King Institute of Preventive Medicine Micro-Biological Section reports 1909-11
Year: 1909
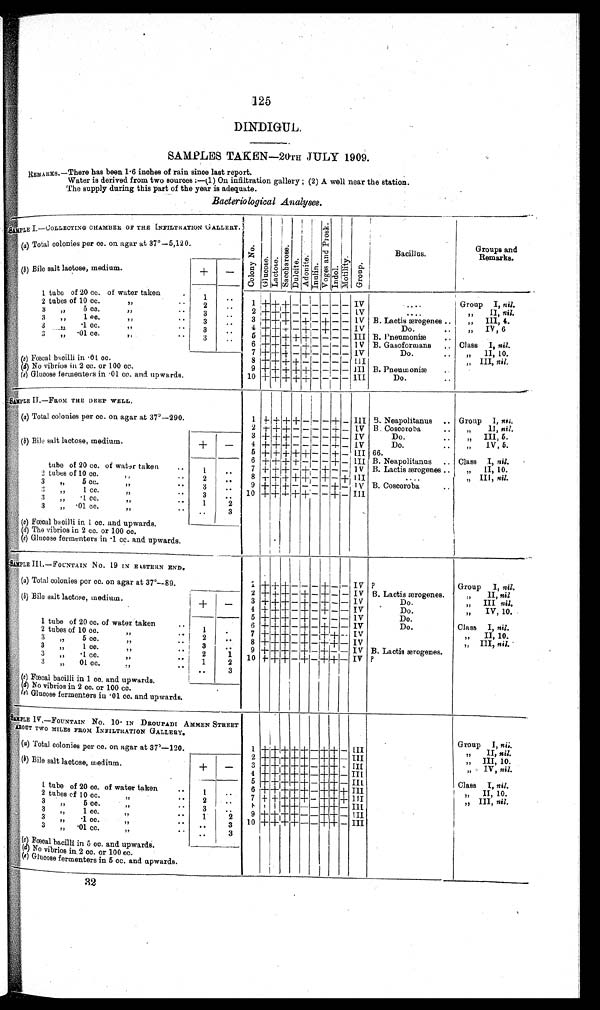
125
DINDIGUL.
SAMPLES TAKEN—20TH JULY 1909.
REMARKS.—There has been 1.6 inches of rain since last report.
Water is derived from two sources :—(1) On infiltration gallery ; (2) A well near the station.
The supply during this part of the year is adequate.
Bacteriological Analyses.
SAMPLE I.—COLLECTING CHAMBER OF THE INFILTRATION GALLERY.
Co l o n y No .
Gl uc os e . La c t o s e .
S a c c h a r o s .
D u l c i t .
Ad o n i t e .
I nul i n.
V o g e s a n d P r o s k .
I ndol .
Mot i l i t y. Group.
Bacillus.
Groups and
Remarks.
(a) Total colonies per cc. on agar at 37°—5,120.
(b) Bile salt lactose, medium.
+
–
1 tube of 20 cc. of water taken
1
. .
2 tubes of 10 cc.
,,
2
. .
1 + + + – – – – – – IV
....
Group I, nil.
3
"
05 cc. "..
3
. .
2 + + + – – – – – – IV
....
"
II, nil.
3
„
1 cc.
,,
• .
3
. .
3 + + + – + – + – – IV B. Lactis ærogenes ..
"
III, 4.
3
" .1 cc. "• •
3
. .
4 + + + – + – + – –
I V
Do.
I V , 6
3 " .1 c. " ..•
3
. .
5 + + + + + – – – – III B. Pneumoniæ
..
3 . .
6 + + + – + – – – – IV B. Gasoformans
Class I, nil.
7 + + + – + – – – – IV
Do.
.. "
II, 10.
( c) Fœcal bacilli in .01 cc.
8 + + + + – – – – – III
" III, nil.
(d ) No vibrios in 2 cc. or 100 cc.
9 + + + + + – – – –
I I I B. Pneumoniæ
..
(e) Glucose fermenters in 01 cc. and upwards.
10 + + + + + – – – – III
Do.
..
S A M P L E I I . — F R O M T H E D E E P W E L L .
(a) Total colonies per cc. on agar at 37º—290.
1 + + + + – – – + – III B. Neapolitanus .. Group I, nil:
2 + + + – – – – + – IV B. Coscoroba
• •
" II, nil.
3 + + + – – – – + – IV
Do.
..
„ III, 5.
(b) Bile salt lactose, medium.
+
–
4 + + + – – – – + – IV
Do.
..
„
IV, 5.
5
+ + + + + – – + – III 66.
6 + + + + – – – + – III B. Neapolitanus .. Class I, nil.
.
tube of 20 cc. of water taken
..
1
. .
7 + + + – + – + – – IV B. Lactis ærogenes ..
" II, 10.
tubes of 10 cc.
"
..
2
. .
8 + + + + + – – – + III
. . . .
,," III, nil.
3
"
5 cc.
"
. .
3
. .
9 + + + – – – – + –
I V B. Coscoroba
3
"
1 cc.
" • •
3
. .
1 0
+ + + + + – – + – III
3
"
• 1 cc.
"
..
1
2
3
" .01 cc.
"
. . .
3
(c )
F œ c a l b a c i l l i i n 1 c c . a n d u p w a r d s .
(d) The vibrios in 2 cc. or 100 cc.
(e) Glucose fermenters in .1 cc. and upwards.
SAMPLE III.—FOUNTAIN No. 19 IN EASTERN END.
(a) Total colonies per cc. on agar at 37º—89.
1 + + + – – – + – – IV
?
Group I, nil.
(b) Bile salt lactose, medium.
2 + + + – + – + – – IV B. Lactis ærogenes.
"
II, nil
3 + + + – + – + – – IV
Do.
" III ,nil
+
–
4 + + + – + – + – – IV
D o .
"
IV, 10.
5 + + + – + – – – – IV
Do.
1 tube of 20 cc. of water taken
..
6 + + + – + – + – – IV
Do.
Class I, nil.
2 tubes of 10 cc.
. "
1
. .
7 + + + – + – + + – IV
" I I , 1 0 .
3
"
5 cc.
" ..
2
. .
8 + + + – + – + + – IV
"
I I I ,
n i l
.
3
"
1 cc.
.." ..
3
. .
9 + + + – + – + + – IV B. Lactis ærogenes.
3
"
1 cc.
" . .
2
1 10 + + + – + – + + – IV ?
3
" 01 cc.
.."
. . .
•
.
1
2
. .
3
( c) Fœcal bacilli in 1 cc. and upwards.
(d) No vibrios in 2 cc. or 100 cc.
(e ) Glucose fermenters in .01 cc. and upwards.
SANPLE IV.—FOUNTAIN No. 10 IN DROUPADI AMMEN STREET
ABOUT TWO MILES FROM INFILTRATION GALLERY.
(a ) Total colonies per cc. on agar at 37º—120.
1 + + + + + – + + – III
Group I, nil.
2 + + + + + – + + – III
" II, nil.
( b) Bile salt lactose, medium.
+
–
3 + + + + + – + + – III
" III, 10.
4 + + + + + – + + – III
" IV, nil.
5 + + + + + – + + – III
1 tube of 20 cc. of water taken
1
. . 6 + + + + + – + + + III
Class I, nil.
2 tubes of 10 cc. " ..
2
. . 7 + + + + + – + + +
I I I
„ II, 10.
3 " 5 cc.
" ...
3
. .
8 + ++ + – – + + – III
" III, nil.
3 " 1 cc. " ...
1
2
9 + + + + – – + + – III
3 " .1 cc. " ..
. .
3 10 + + + + – – + + – III
3 " .01 cc. " ..
. .
3
( c) Fœcal bacilli in 5 cc. and upwards.
(d ) N o v i b r i o s i n 2 c c . o r 1 0 0 c c .
(e ) Glucose fermenters in 5 cc. and upwards.